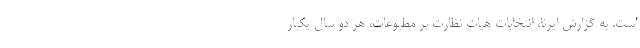
است. به گزارش ایرنا، انتخابات هیات نظارت بر مطبوعات، هر دو سال یکبار